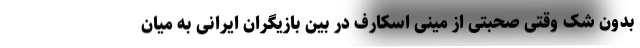
بدون شک وقتی صحبتی از مینی اسکارف در بین بازیگران ایرانی به میان